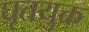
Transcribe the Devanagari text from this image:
घृतयुक्त